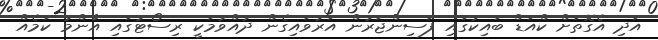
އަދި އެގޮތަށް ކްއަޑް ބައިކުގައި ފަސިންޖަރުން އަރުވައިގެން ދުއްވުމަކީ ރިސޯޓުގައި އާންމު ކަމެއް